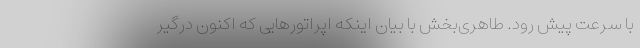
با سرعت پیش رود. طاهری‌بخش با بیان اینکه اپراتورهایی که اکنون درگیر